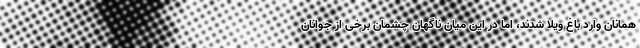
همانان وارد باغ ویلا شدند، اما در این میان ناگهان چشمان برخی از جوانان